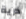
ذرية